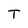
Character: T